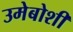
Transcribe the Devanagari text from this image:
उमेबोशी